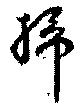
掃